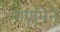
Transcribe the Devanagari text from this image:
गणनेने